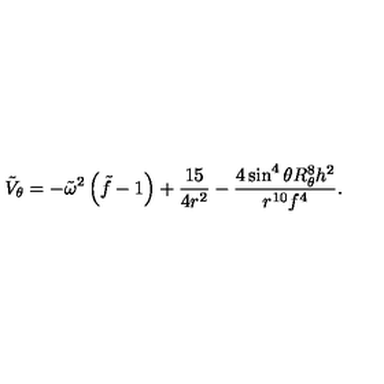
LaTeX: \tilde { V } _ { \theta } = - \tilde { \omega } ^ { 2 } \left( \tilde { f } - 1 \right) + { \frac { 1 5 } { 4 r ^ { 2 } } } - { \frac { 4 \sin ^ { 4 } \theta R _ { \theta } ^ { 8 } { h } ^ { 2 } } { r ^ { 1 0 } f ^ { 4 } } } .